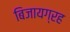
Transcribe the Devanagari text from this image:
बिजायग्रह